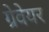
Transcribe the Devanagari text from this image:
ग्रेवेयर